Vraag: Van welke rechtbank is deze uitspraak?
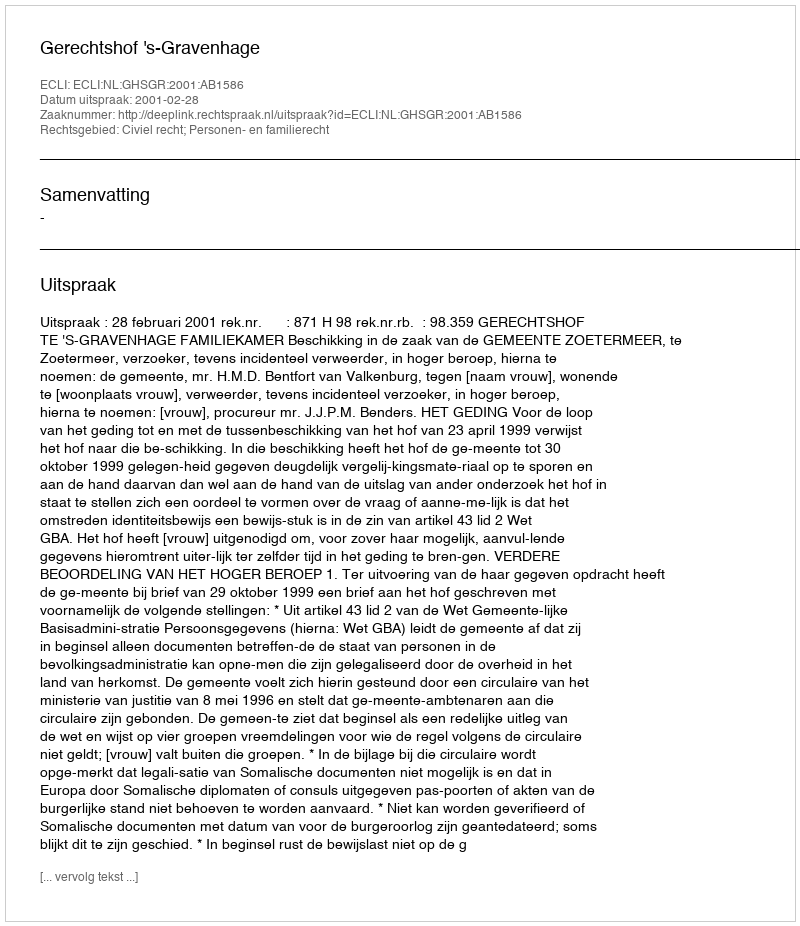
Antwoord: Gerechtshof 's-Gravenhage